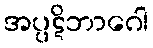
အပ္ပဋိဘာဂေါ